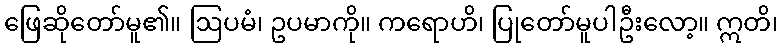
ဖြေဆိုတော်မူ၏။ ဩပမံ၊ ဥပမာကို။ ကရောဟိ၊ ပြုတော်မူပါဦးလော့။ ဣတိ၊